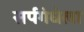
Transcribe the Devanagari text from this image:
सर्पगंधेला